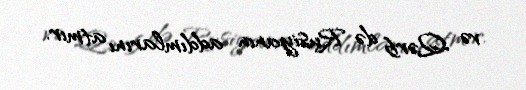
və Qərb də Rusiyanın addımlarını atmır.